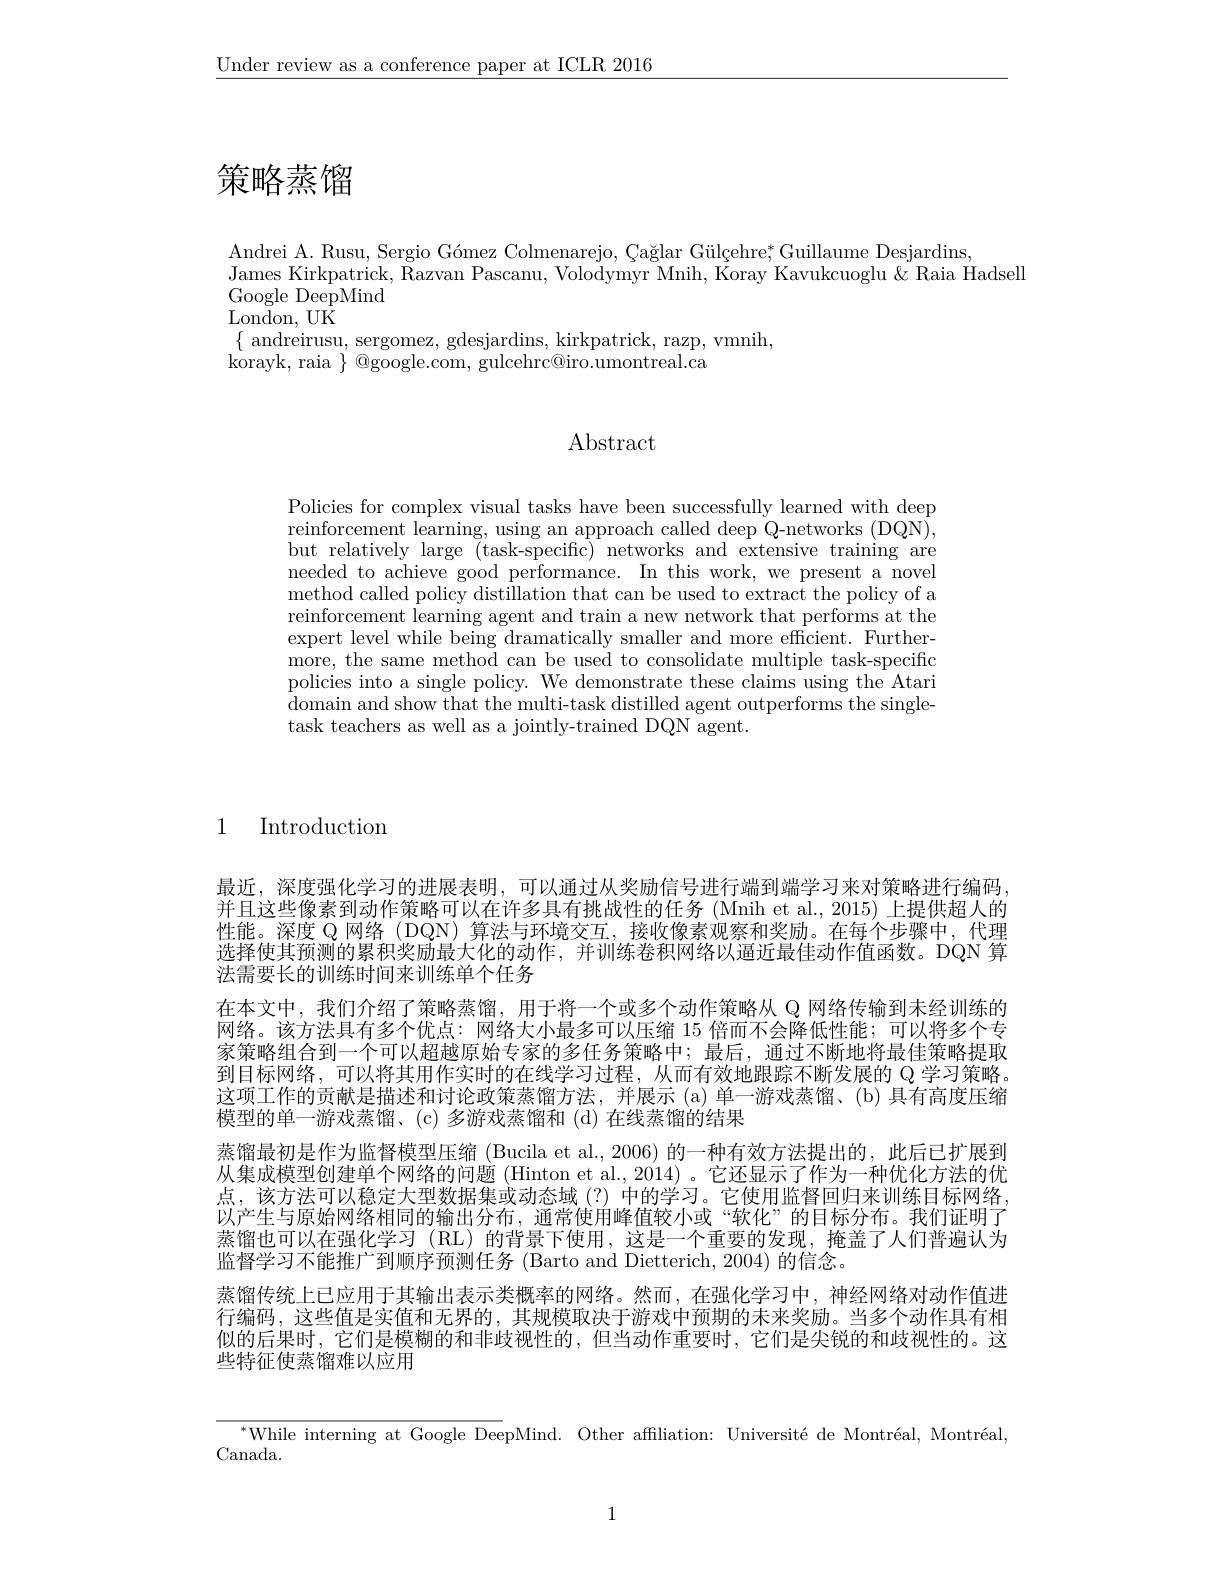
$\underline{\text{Under review as a conference paper at ICLR 2016}}$

# 策略蒸馏

Andrei A. Rusu, Sergio Gómez Colmenarejo, \c{C}ağlar Gül\c{c}ehre; Guillaume Desjardins,
James Kirkpatrick, Razvan Pascanu, Volodymyr Mnih, Koray Kavukcuoglu & Raia Hadsell
Google DeepMind
London, UK
$\{$ andreirusu, sergomez, gdesjardins, kirkpatrick, razp, vmnih,
korayk, raia $\} \bar{\mathrm{Qgoogle. com, ~gulcehrc@ iro. umontreal. ca}}$

# Abstract

Policies for complex visual tasks have been successfully learned with deep reinforcement learning, using an approach called deep Q-networks (DQN), but relatively large (task-specific) networks and extensive training are needed to achieve good performance. In this work, we present a novel method called policy distillation that can be used to extract the policy of a reinforcement learning agent and train a new network that performs at the expert level while being dramatically smaller and more efficient. Furthermore, the same method can be used to consolidate multiple task-specific policies into a single policy. We demonstrate these claims using the Atari domain and show that the multi- task distilled agent outperforms the single- task teachers as well as a jointly-trained DQN agent.

1 Introduction

最近，深度强化学习的进展表明，可以通过从奖励信号进行端到端学习来对策略进行编码， 并且这些像素到动作策略可以在许多具有挑战性的任务 (Mnih et al., 2015) 上提供超人的性能。深度 Q 网络 (DQN) 算法与环境交互，接收像素观察和奖励。在每个步骤中，代理选择使其预测的累积奖励最大化的动作，并训练卷积网络以逼近最佳动作值函数。DQN 算法需要长的训练时间来训练单个任务
在本文中，我们介绍了策略蒸馏，用于将一个或多个动作策略从 Q 网络传输到未经训练的网络。该方法具有多个优点：网络大小最多可以压缩 15 倍而不会降低性能；可以将多个专家策略组合到一个可以超越原始专家的多任务策略中；最后，通过不断地将最佳策略提取到目标网络，可以将其用作实时的在线学习过程，从而有效地跟踪不断发展的 Q 学习策略。这项工作的贡献是描述和讨论政策蒸馏方法，并展示 (a)单一游戏蒸馏、(b)具有高度压缩模型的单一游戏蒸馏、(c) 多游戏蒸馏和 (d) 在线蒸馏的结果
蒸馏最初是作为监督模型压缩 (Bucila et al., 2006) 的一种有效方法提出的，此后已扩展到从集成模型创建单个网络的问题 (Hinton et al., 2014) 。它还显示了作为一种优化方法的优点，该方法可以稳定大型数据集或动态域(?)中的学习。它使用监督回归来训练目标网络， 以产生与原始网络相同的输出分布，通常使用峰值较小或“软化”的目标分布。我们证明了蒸馏也可以在强化学习 (RL) 的背景下使用，这是一个重要的发现，掩盖了人们普遍认为监督学习不能推广到顺序预测任务 (Barto and Dietterich, 2004) 的信念。
蒸馏传统上已应用于其输出表示类概率的网络。然而，在强化学习中，神经网络对动作值进行编码，这些值是实值和无界的，其规模取决于游戏中预期的未来奖励。当多个动作具有相似的后果时，它们是模糊的和非歧视性的，但当动作重要时，它们是尖锐的和歧视性的。这些特征使蒸馏难以应用

$^{*}$While interning at Google DeepMind. Other affiliation: Université de Montréal, Montréal,

Canada.

1